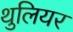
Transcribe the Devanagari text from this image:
थुलियर